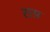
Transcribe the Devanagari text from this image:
सग्र